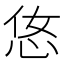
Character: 𢘂